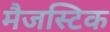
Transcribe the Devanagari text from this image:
मैजस्टिक